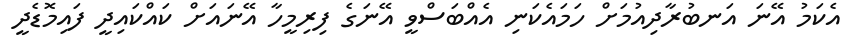
އެކަމު އޭނަ އަނބުރާދިއުމަށް ހަމައެކަނި އެއްބަސްވީ އޭނަގެ ފިރިމީހާ އޭނައަށް ކައްކައިދީ ފައިމޮޑެދީ